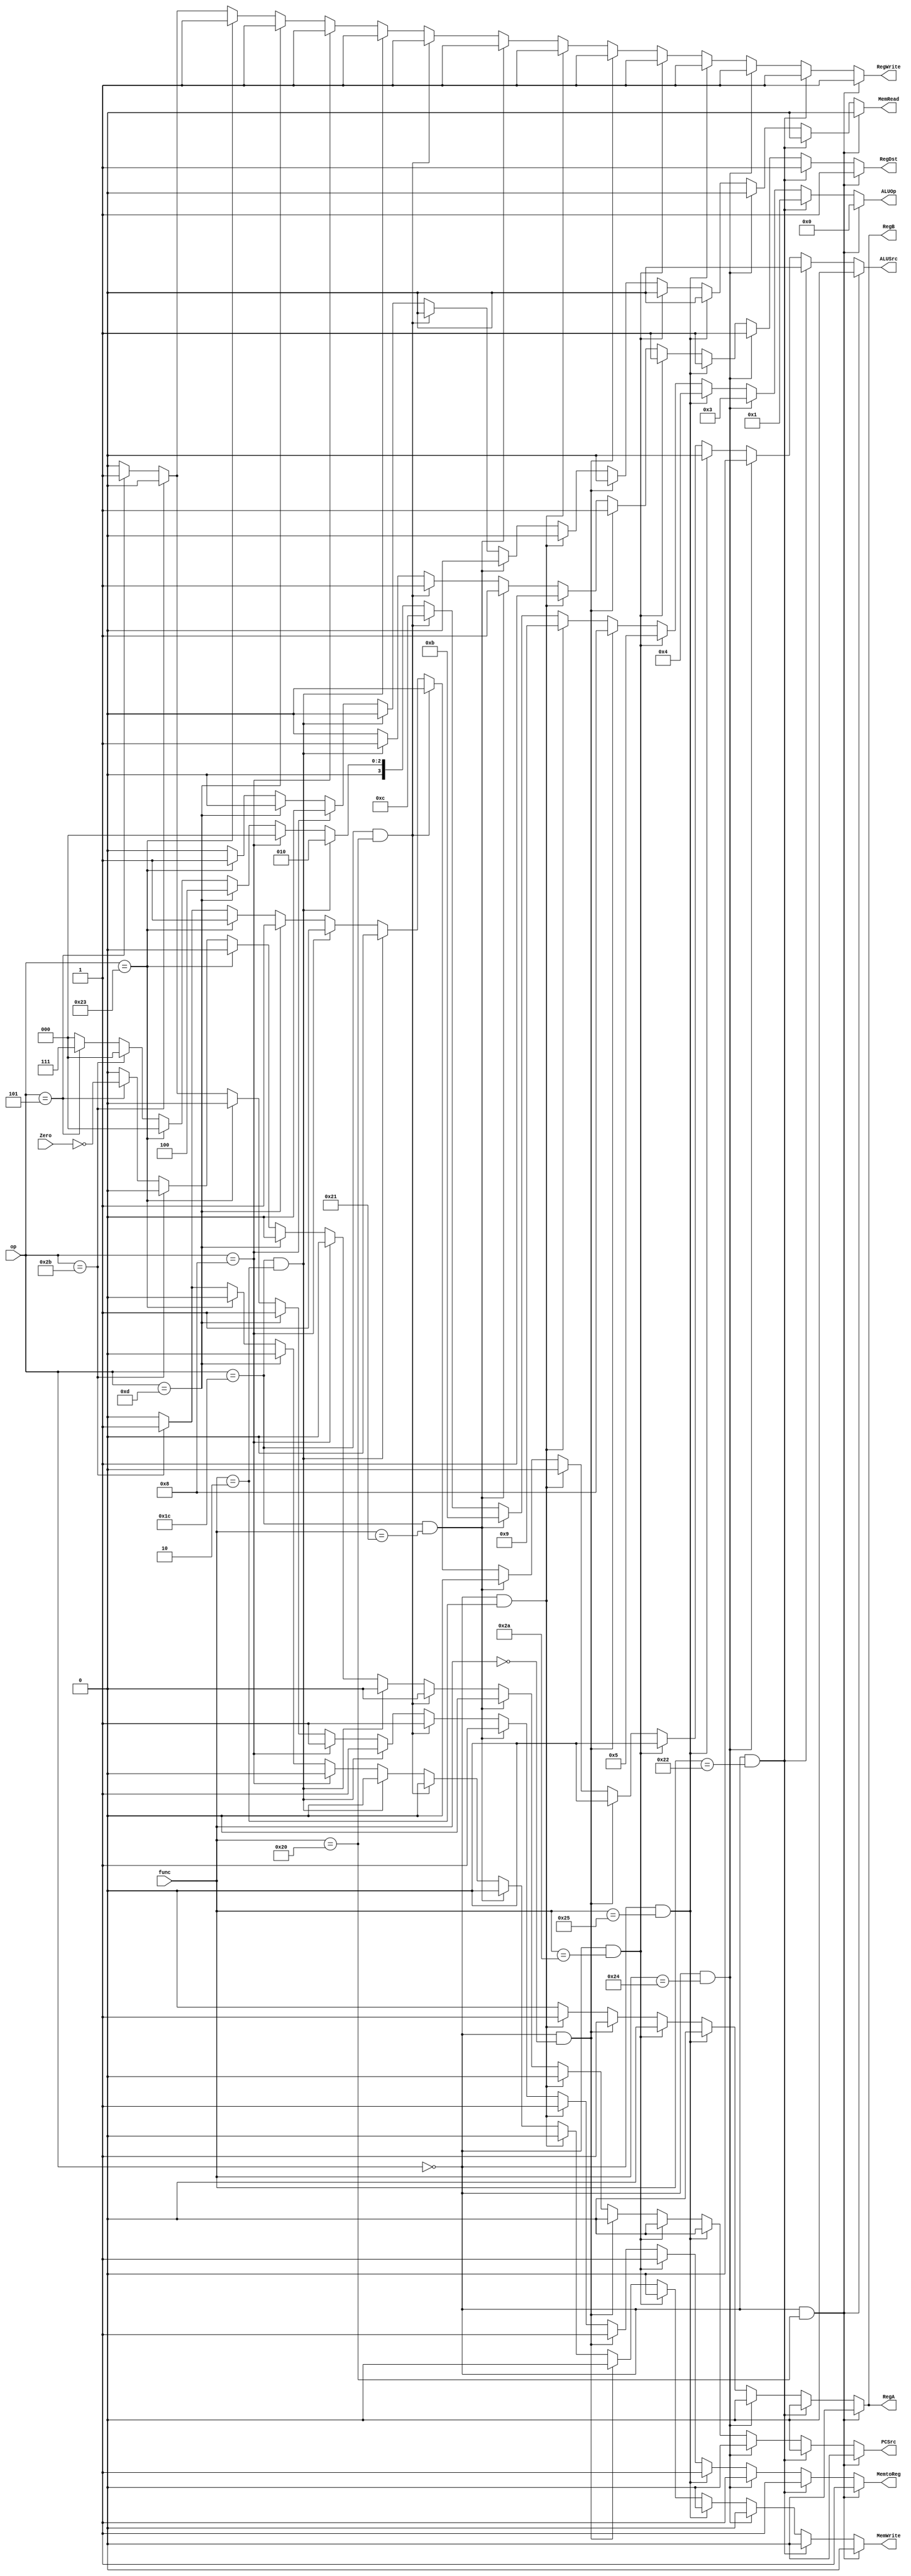
`timescale 1ns / 1ps

//////////////////////////////////////////////////////////////////////////////////
// Company: ECE274
// 
// Additional Comments: 
// The controller for Task 1
// 
//////////////////////////////////////////////////////////////////////////////////


module controller(op, func, RegDst, RegWrite, ALUSrc, ALUOp,
     MemRead, MemWrite, MemtoReg, PCSrc, RegA, RegB, Zero);

    input [5:0] op, func;
    input Zero;
    output reg RegDst, RegWrite, ALUSrc, MemRead, MemWrite,
         MemtoReg, PCSrc, RegA, RegB;
    output reg [3:0] ALUOp;
    
            
    always @ (op,func,Zero ) begin
      
                  
                  if ((op == 6'b000000) && (func == 6'b100000))begin
                    RegDst <= 1; RegWrite <= 1;
                    ALUSrc <= 0; MemRead <= 0; MemWrite <= 0;
                    MemtoReg <= 1; PCSrc <= 0; RegA <= 0; RegB <= 0;
                    ALUOp <= 4'd0;
                  end
                  
                  else if ((op == 6'b000000) && (func == 6'b100010))begin
                    RegDst <= 1; RegWrite <= 1;
                    ALUSrc <= 0; MemRead <= 0; MemWrite <= 0;
                    MemtoReg <= 1; PCSrc <= 0; RegA <= 0; RegB <= 0;
                    ALUOp <= 4'b0001;
                  end
                  
                  else if ((op == 6'b000000) && (func == 6'b100100)) begin
                      RegDst <= 1; RegWrite <= 1;
                      ALUSrc <= 0; MemRead <= 0; MemWrite <= 0;
                      MemtoReg <= 1; PCSrc <= 0; RegA <= 0; RegB <= 0;
                      ALUOp <= 4'b0011;
                  end
                      
                  else if ((op == 6'b000000) && (func == 6'b100101)) begin
                      RegDst <= 1; RegWrite <= 1;
                      ALUSrc <= 0; MemRead <= 0; MemWrite <= 0;
                      MemtoReg <= 1; PCSrc <= 0; RegA <= 0; RegB <= 0;
                      ALUOp <= 4'b0100;
                  end
                  
                  else if ((op == 6'b000000) && (func == 6'b101010))begin
                      RegDst <= 1; RegWrite <= 1;
                      ALUSrc <= 0; MemRead <= 0; MemWrite <= 0;
                      MemtoReg <= 1; PCSrc <= 0; RegA <= 0; RegB <= 0;
                      ALUOp <= 4'b0101;
                  end
                  
                  else if ((op == 6'b000000) && (func == 6'b000000))begin
                      RegDst <= 1; RegWrite <= 1;
                      ALUSrc <= 0; MemRead <= 0; MemWrite <= 0;
                      MemtoReg <= 1; PCSrc <= 0; RegA <= 1; RegB <= 1;
                      ALUOp <= 4'b1000;
                  end
                  
                  else if ((op == 6'b000000) && (func == 6'b000010))begin
                      RegDst <= 1; RegWrite <= 1;
                      ALUSrc <= 0; MemRead <= 0; MemWrite <= 0;
                      MemtoReg <= 1; PCSrc <= 0; RegA <= 1; RegB <= 1;
                      ALUOp <= 4'b1001;
                  end
                  
                  else if ((op == 6'b011100) && (func == 6'b100001))begin
                      RegDst <= 1; RegWrite <= 1;
                      ALUSrc <= 0; MemRead <= 0; MemWrite <= 0;
                      MemtoReg <= 1; PCSrc <= 0; RegA <= 0; RegB <= 0;
                      ALUOp <= 4'b1011;
                  end
                  
                  else if ((op == 6'b011100) && (func == 6'b100000))begin
                      RegDst <= 1; RegWrite <= 1;
                      ALUSrc <= 0; MemRead <= 0; MemWrite <= 0;
                      MemtoReg <= 1; PCSrc <= 0; RegA <= 0; RegB <= 0;
                      ALUOp <= 4'b1100;
                  end
                 
                  else if ((op == 6'b011100) && (func == 6'b000010)) begin
                      RegDst <= 1; RegWrite <= 1;
                      ALUSrc <= 0; MemRead <= 0; MemWrite <= 0;
                      MemtoReg <= 1; PCSrc <= 0; RegA <= 0; RegB <= 0;
                      ALUOp <= 4'b0010;
                  end
                  
                  else if ((op == 6'b001000))begin
                      RegDst <= 0; RegWrite <= 1;
                      ALUSrc <= 1; MemRead <= 0; MemWrite <= 0;
                      MemtoReg <= 1; PCSrc <= 0; RegA <= 0; RegB <= 0;
                      ALUOp <= 4'b0000;
                  end
                  
                  else if ((op == 6'b001101))begin
                      RegDst <= 0; RegWrite <= 1;
                      ALUSrc <= 1; MemRead <= 0; MemWrite <= 0;
                      MemtoReg <= 1; PCSrc <= 0; RegA <= 0; RegB <= 0;
                      ALUOp <= 4'b0100;
                  end
                  
                  //sw,lw,bne
                                    
                  else if ((op == 6'b100011)) begin // lw
                      RegDst <= 0; RegWrite <= 1; // actually 1 to write to rt
                      ALUSrc <= 1; MemRead <= 1; MemWrite <= 0;
                      MemtoReg <= 0; PCSrc <= 0; RegA <= 0; RegB <= 0;
                      ALUOp <= 4'b0000;                      
                  end
                                    
                  else if ((op == 6'b101011)) begin // sw
                      RegDst <= 0; RegWrite <= 0; // actually 1 to write to rt
                      ALUSrc <= 1; MemRead <= 0; MemWrite <= 1;
                      MemtoReg <= 0; PCSrc <= 0; RegA <= 0; RegB <= 0;
                      ALUOp <= 4'b0000;                   
                  end
                                    
                  //old logic
                  //else if ((op == 6'b000101)) begin // bne
                      //    RegDst <= 0; RegWrite <= 1;
                      //    ALUSrc <= 0; MemRead <= 1; MemWrite <= 0;
                      //    MemtoReg <= 0; PCSrc <= ~Zero; // PC Source needs to equal !(zero)                           
                      //     RegA <= 0; RegB <= 0;         // need to add as input to controller
                      //    ALUOp <= 4'b0111;
                  // end 
                                    
                  else if ((op == 6'b000101)) begin // bne
                      RegDst <= 0; RegWrite <= 1;
                      ALUSrc <= 0; MemRead <= 0; MemWrite <= 0;
                      MemtoReg <= 1; PCSrc <= ~Zero; // PC Source needs to equal !(zero)                           
                      RegA <= 0; RegB <= 0;         // need to add as input to controller
                      ALUOp <= 4'b0111;
                  end                                    
                                                     
                                    
                  else begin
                      RegDst <= 0; RegWrite <= 0;
                      ALUSrc <= 0; ALUOp <= 4'd0; MemRead <= 0; MemWrite <= 0;
                      MemtoReg <= 0; PCSrc <= 0; RegA <= 0; RegB <= 0;
                  end
                                    
         end
        
endmodule